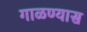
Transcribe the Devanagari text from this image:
गाळण्यास